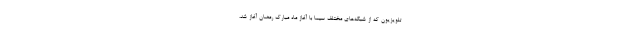
تلویزیون که از شبکه‌های مختلف سیما با آغاز ماه مبارک رمضان آغاز شد،